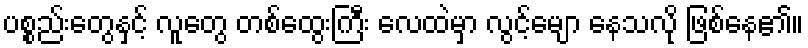
ပစ္စည်းတွေနှင့် လူတွေ တစ်ထွေးကြီး လေထဲမှာ လွင့်မျော နေသလို ဖြစ်နေ၏။